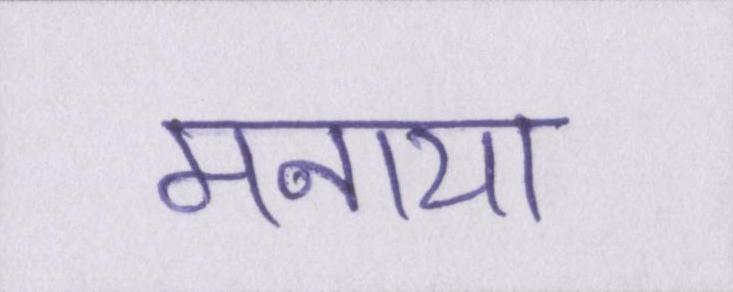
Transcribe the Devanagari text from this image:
मनाया